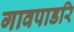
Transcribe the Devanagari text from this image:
गावपाडरि